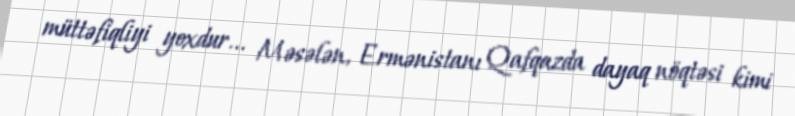
müttəfiqliyi yoxdur... Məsələn, Ermənistanı Qafqazda dayaq nöqtəsi kimi